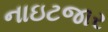
નાઇટજાર